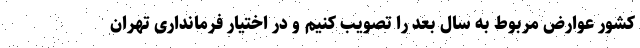
کشور عوارض مربوط به سال بعد را تصویب کنیم و در اختیار فرمانداری تهران